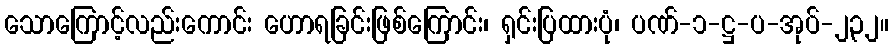
သောကြောင့်လည်းကောင်း ဟောရခြင်းဖြစ်ကြောင်း၊ ရှင်းပြထားပုံ၊ ပဏ်-၁-ဋ္ဌ-ပ-အုပ်-၂၃၂။